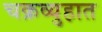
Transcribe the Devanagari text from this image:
चक्रव्युहात